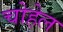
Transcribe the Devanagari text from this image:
चोहेल